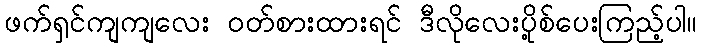
ဖက်ရှင်ကျကျလေး ဝတ်စားထားရင် ဒီလိုလေးပို့စ်ပေးကြည့်ပါ။